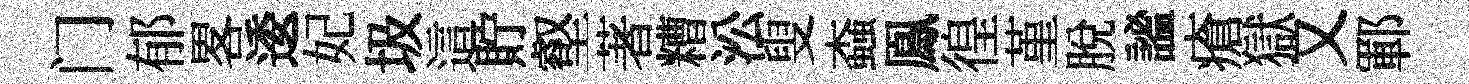
门郁畧逶妃圾這貯壑著糟㳂叟螙鳯徨堇脱謐瘡獄又鄆